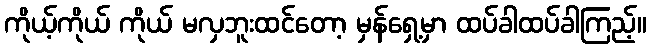
ကိုယ့်ကိုယ် ကိုယ် မလှဘူးထင်တော့ မှန်ရှေ့မှာ ထပ်ခါထပ်ခါကြည့်။